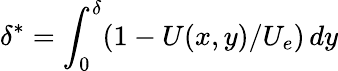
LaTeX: \delta^{*}=\int_{0}^{\delta}(1-U(x,y)/U_{e})\, dy